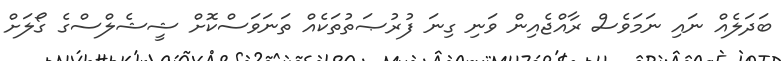
ބަދަލެއް ނައި ނަމަވެސް ރާއްޖެއިން ވަނި ގިނަ ފުރުޞަތުތަކެއް ތަނަވަސްކޮށް ޝީޝެލްސްގެ ގޯލަށް